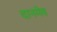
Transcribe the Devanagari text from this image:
दानमेव